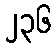
၂၃၆